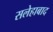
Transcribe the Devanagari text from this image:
सलेहाबाद